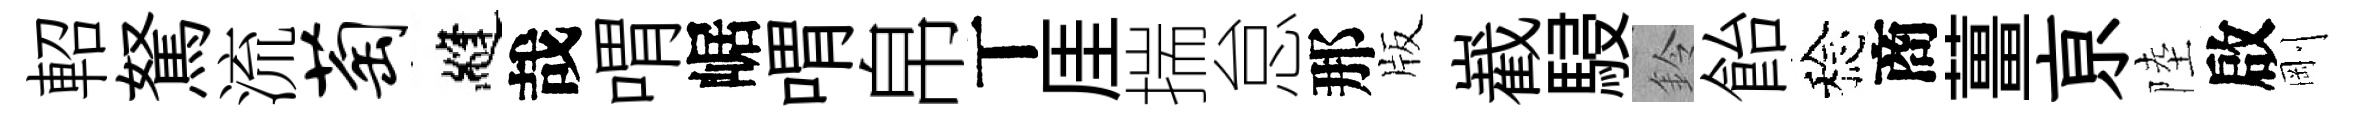
軺駑流萄縫哉喟崌喟帛丅厓揣怠那版嶻駸鈴飴稔商薑亰陸啟剛